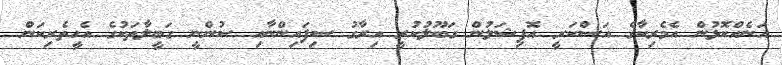
އަނެއްކޮޅުން އެމެރިކާގެ އަސްކަރީ އޮފިޝަލުން ގަބޫލުކުރީ އިރާގު ސިފައިންނާއި ސުންނީ ގަބީލާތަކުގެ އެހީތެރިކަން